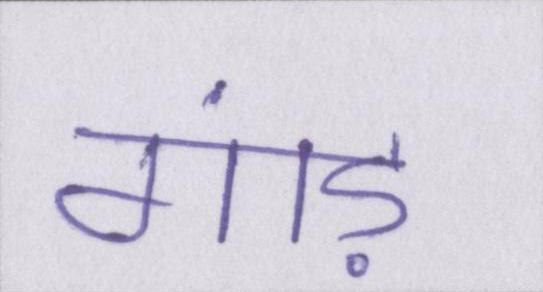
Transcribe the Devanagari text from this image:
गांड़